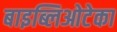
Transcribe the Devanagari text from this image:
बाइब्लिओटेका